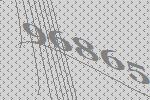
96865